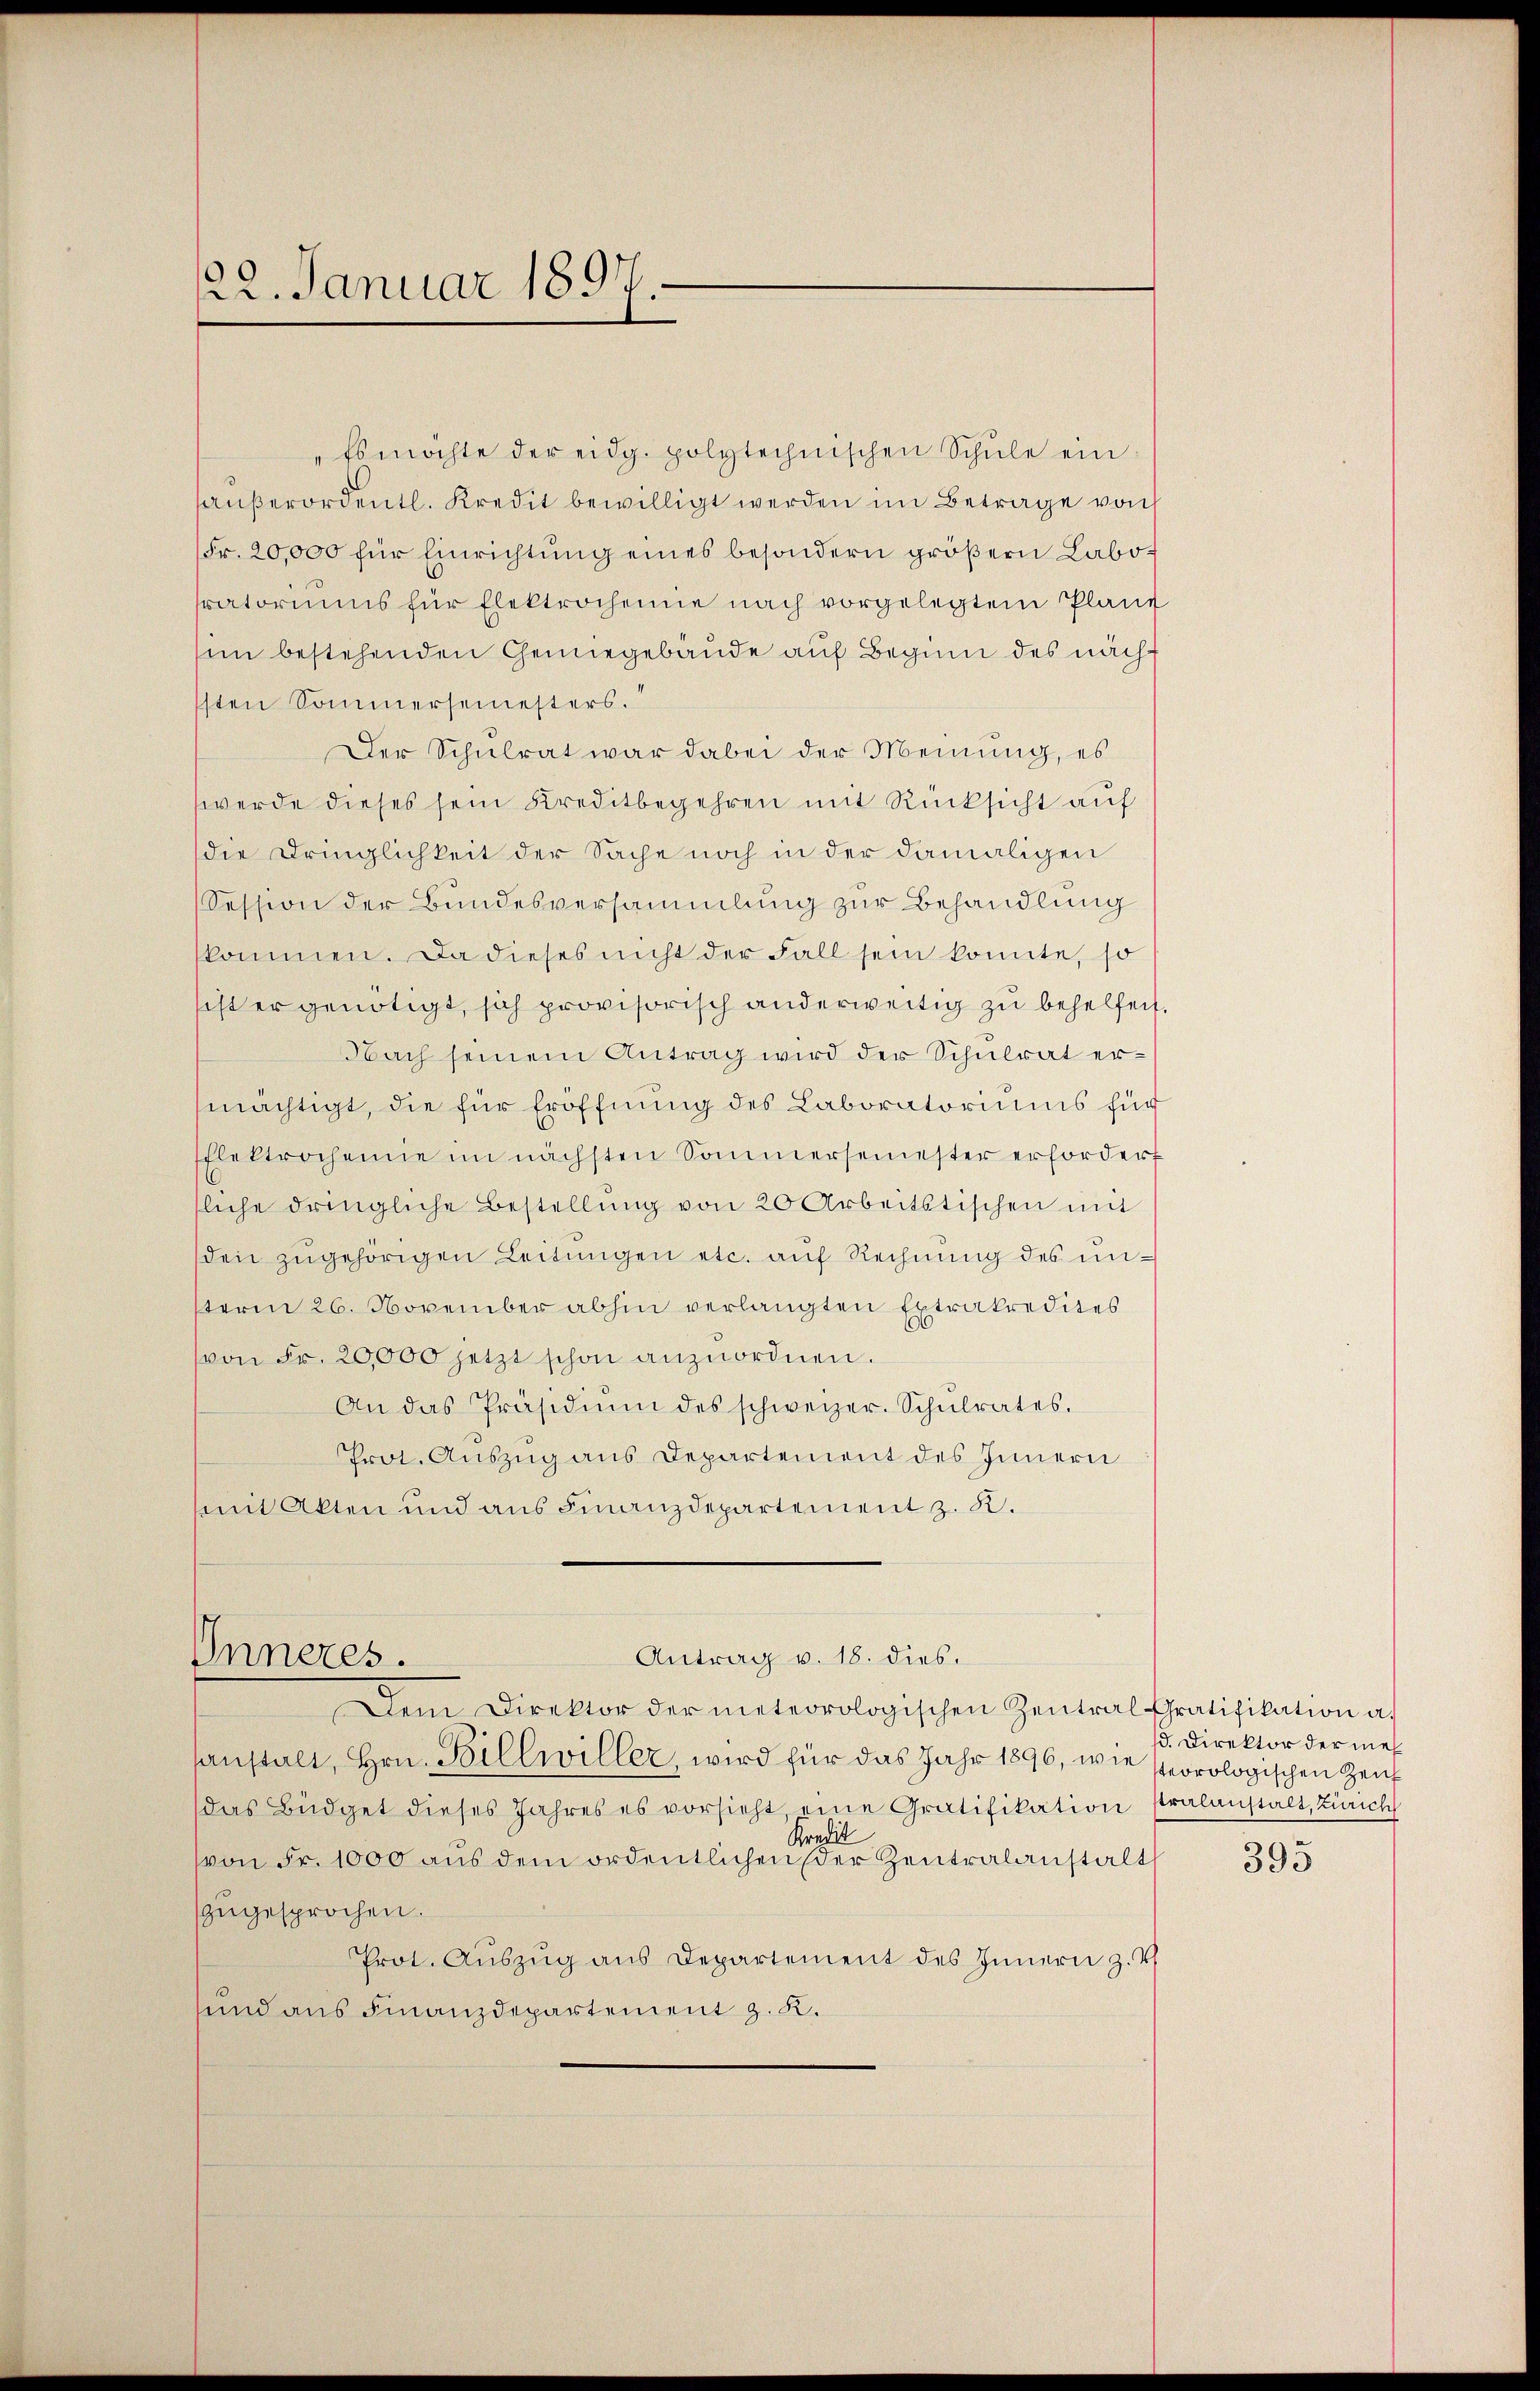
122. Januar 1897.

"Es möchte der eidg. polytechnischen Schŭle ein
haŭβerordentl. Kredit bewilligt werden im Betrage von
Fr. 20,000 für Einrichtŭng eines besondern größern Labo
pratoriums für Elektrochenie nach vorgelegtem Plant
sin bestehenden Gemiegebäude auf Beginn des nachsten Sommersemesters.
Der Schulrat war dabei der Meinung, es
werde dieses sein Kreditbegehren mit Rücksicht auf
die Dringlichkeit der Sache noch in der damaligen
Session der Bundesversammlung zur Behandlung
kommen. Da dieses nicht der Fall sein konnte, so
sist er genötigt, sich provisorisch anderweitig zu behelfen
Nach seinem Antrag wird der Schulrat ermächtigt, die für Eröffnung des Laboratoriums für
flektrochenie im nächsten Sommersemester erfordert
sliche dringliche Bestellŭng von 20 Arbeitstischen mit
den zugehörigen Leitungen etc. auf Rechnung des unsterm 26. November abhin verlangten Extrakredites
(von Fr. 20,000 jetzt schon anzuordnen.
An das Präsidiŭm des schweizer. Schŭlrates.
Prot. Auszug aus Departement des Innern
samt Akten und aus Finanzdepartement z. R.
Antrag v. 18. dies.
Inneres.
Dem Direktor der meteorologischen Zentral Gratifikation a.
sanstalt, Hrn. Billwiller, wird für das Jahr 1896, wie steorologischen Zeit
das Büdget dieses Jahres es vorsicht eine Gratifikation stralanstalt, Zürich
Kredit
von Fr. 1000 aŭs dem ordentlichen der Zentralanstalt
zugesprochen.
Prot. Aŭszŭg ans Departement des Innern z. B.
und aus Finanzdepartement z. K.

15. Direktor der meh¬

393